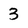
Character: 3